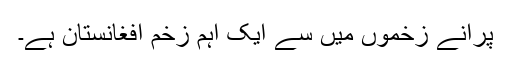
پرانے زخموں میں سے ایک اہم زخم افغانستان ہے۔